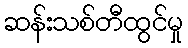
ဆန်းသစ်တီထွင်မှု